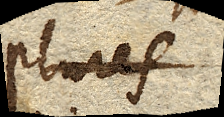
plures